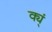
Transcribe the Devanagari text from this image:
क्य्ं